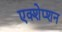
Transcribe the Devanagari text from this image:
एक्शेप्शन